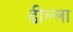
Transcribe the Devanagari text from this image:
ढील्ला